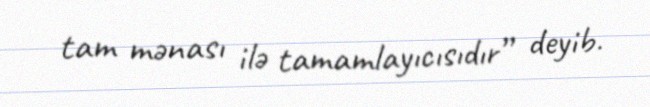
tam mənası ilə tamamlayıcısıdır” deyib.